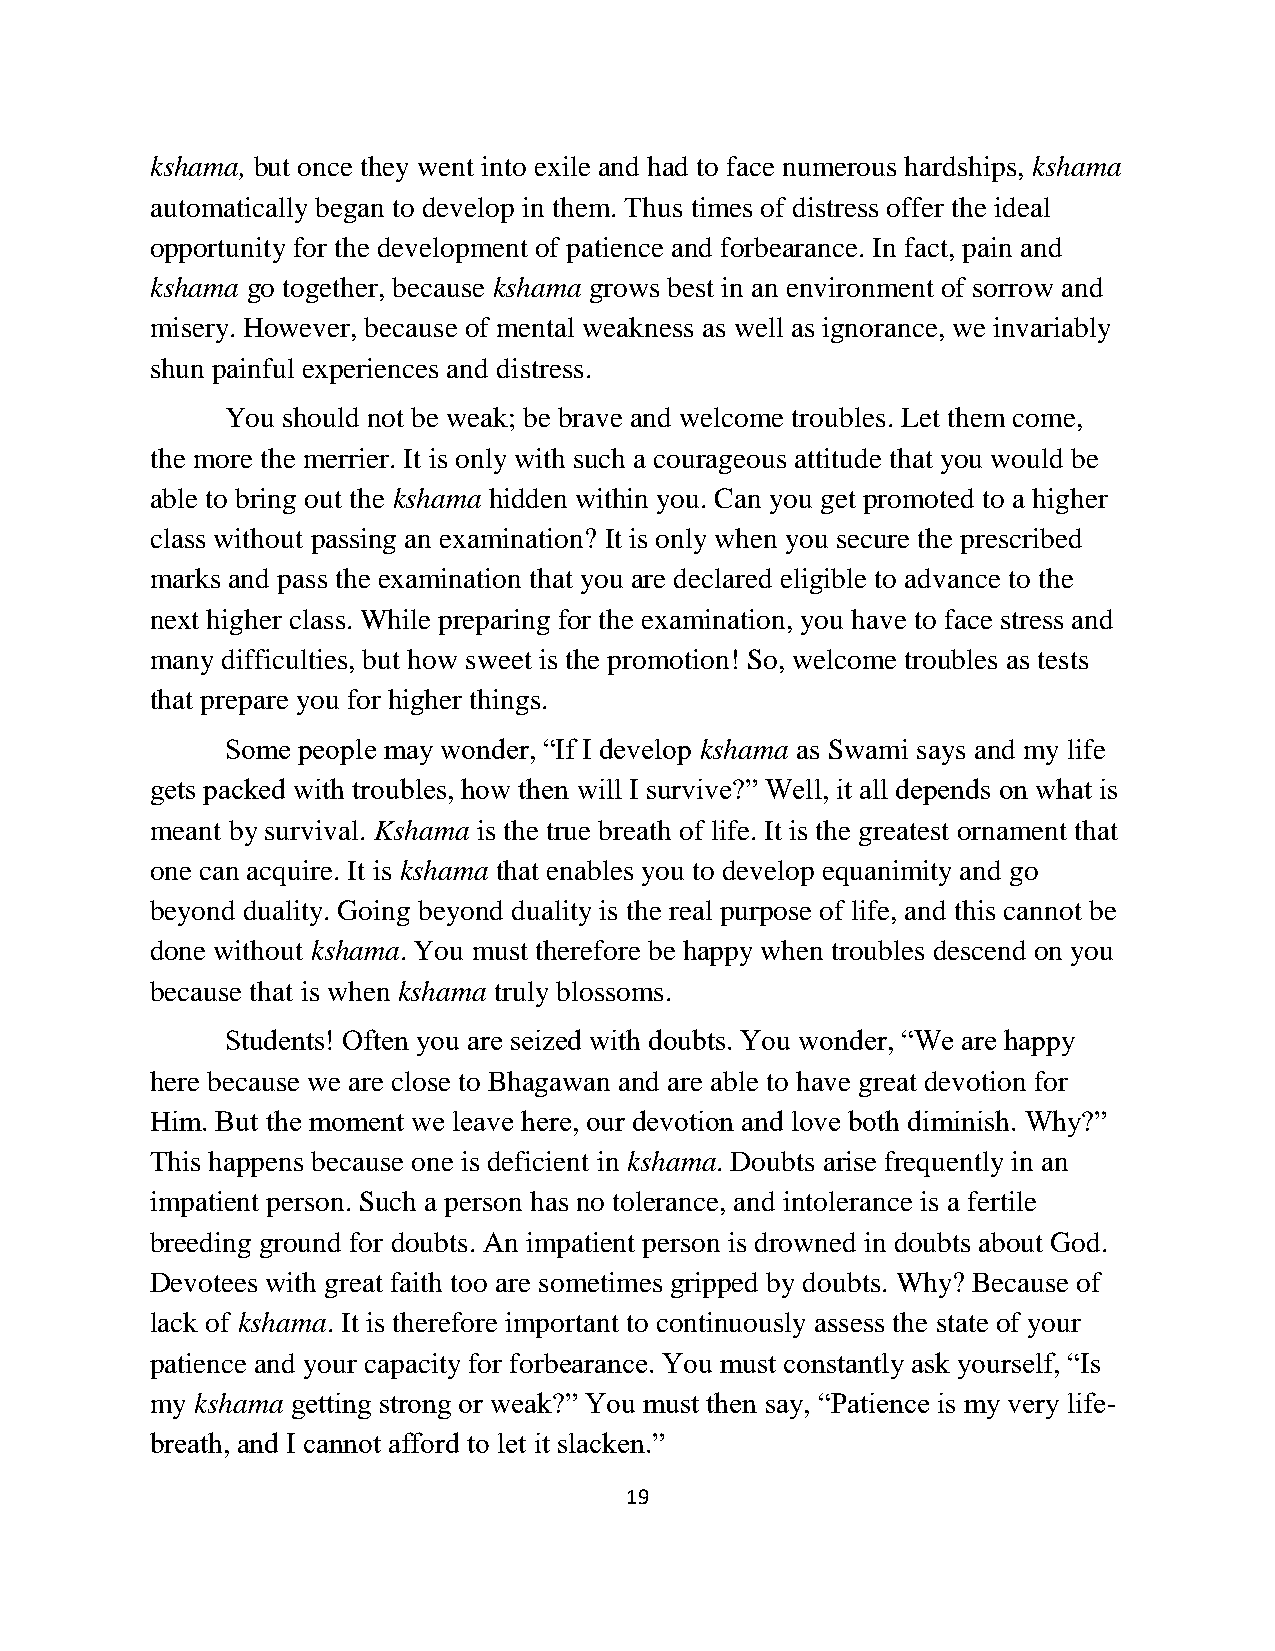
kshama, but once they went into exile and had to face numerous hardships, kshama
 automatically began to develop in them. Thus times of distress offer the ideal
 opportunity for the development of patience and forbearance. In fact, pain and
 kshama go together, because kshama grows best in an environment of sorrow and
 misery. However, because of mental weakness as well as ignorance, we invariably
 shun painful experiences and distress.
 You should not be weak; be brave and welcome troubles. Let them come,
 the more the merrier. It is only with such a courageous attitude that you would be
 able to bring out the kshama hidden within you. Can you get promoted to a higher
 class without passing an examination? It is only when you secure the prescribed
 marks and pass the examination that you are declared eligible to advance to the
 next higher class. While preparing for the examination, you have to face stress and
 many difficulties, but how sweet is the promotion! So, welcome troubles as tests
 that prepare you for higher things.
 Some people may wonder, “If I develop kshama as Swami says and my life
 gets packed with troubles, how then will I survive?” Well, it all depends on what is
 meant by survival. Kshama is the true breath of life. It is the greatest ornament that
 one can acquire. It is kshama that enables you to develop equanimity and go
 beyond duality. Going beyond duality is the real purpose of life, and this cannot be
 done without kshama. You must therefore be happy when troubles descend on you
 because that is when kshama truly blossoms.
 Students! Often you are seized with doubts. You wonder, “We are happy
 here because we are close to Bhagawan and are able to have great devotion for
 Him. But the moment we leave here, our devotion and love both diminish. Why?”
 This happens because one is deficient in kshama. Doubts arise frequently in an
 impatient person. Such a person has no tolerance, and intolerance is a fertile
 breeding ground for doubts. An impatient person is drowned in doubts about God.
 Devotees with great faith too are sometimes gripped by doubts. Why? Because of
 lack of kshama. It is therefore important to continuously assess the state of your
 patience and your capacity for forbearance. You must constantly ask yourself, “Is
 my kshama getting strong or weak?” You must then say, “Patience is my very life-
 breath, and I cannot afford to let it slacken.”
 19